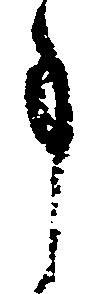
事